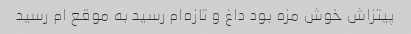
پیتزاش خوش مزه بود داغ و تازه‌ام رسید به موقع ام رسید